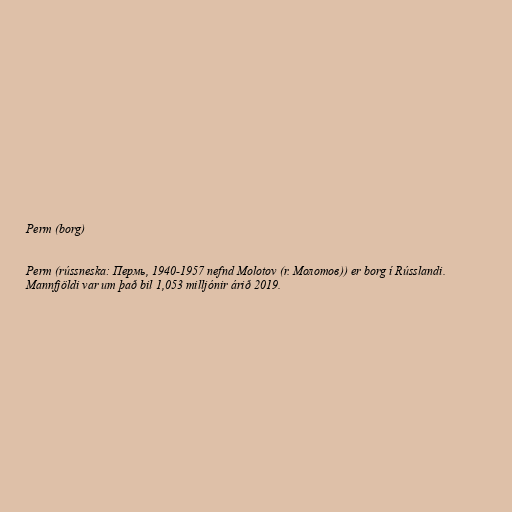
Perm (borg)

Perm (rússneska: Пермь, 1940-1957 nefnd Molotov (r. Молотов)) er borg í Rússlandi.
Mannfjöldi var um það bil 1,053 milljónir árið 2019.